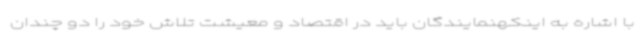
با اشاره به اینکهنمایندگان باید در اقتصاد و معیشت تلاش خود را دو چندان